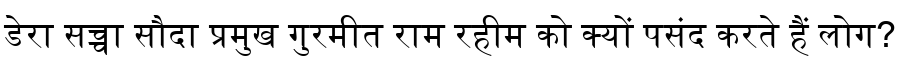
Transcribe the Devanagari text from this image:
डेरा सच्चा सौदा प्रमुख गुरमीत राम रहीम को क्यों पसंद करते हैं लोग?